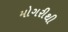
મોગરીથી